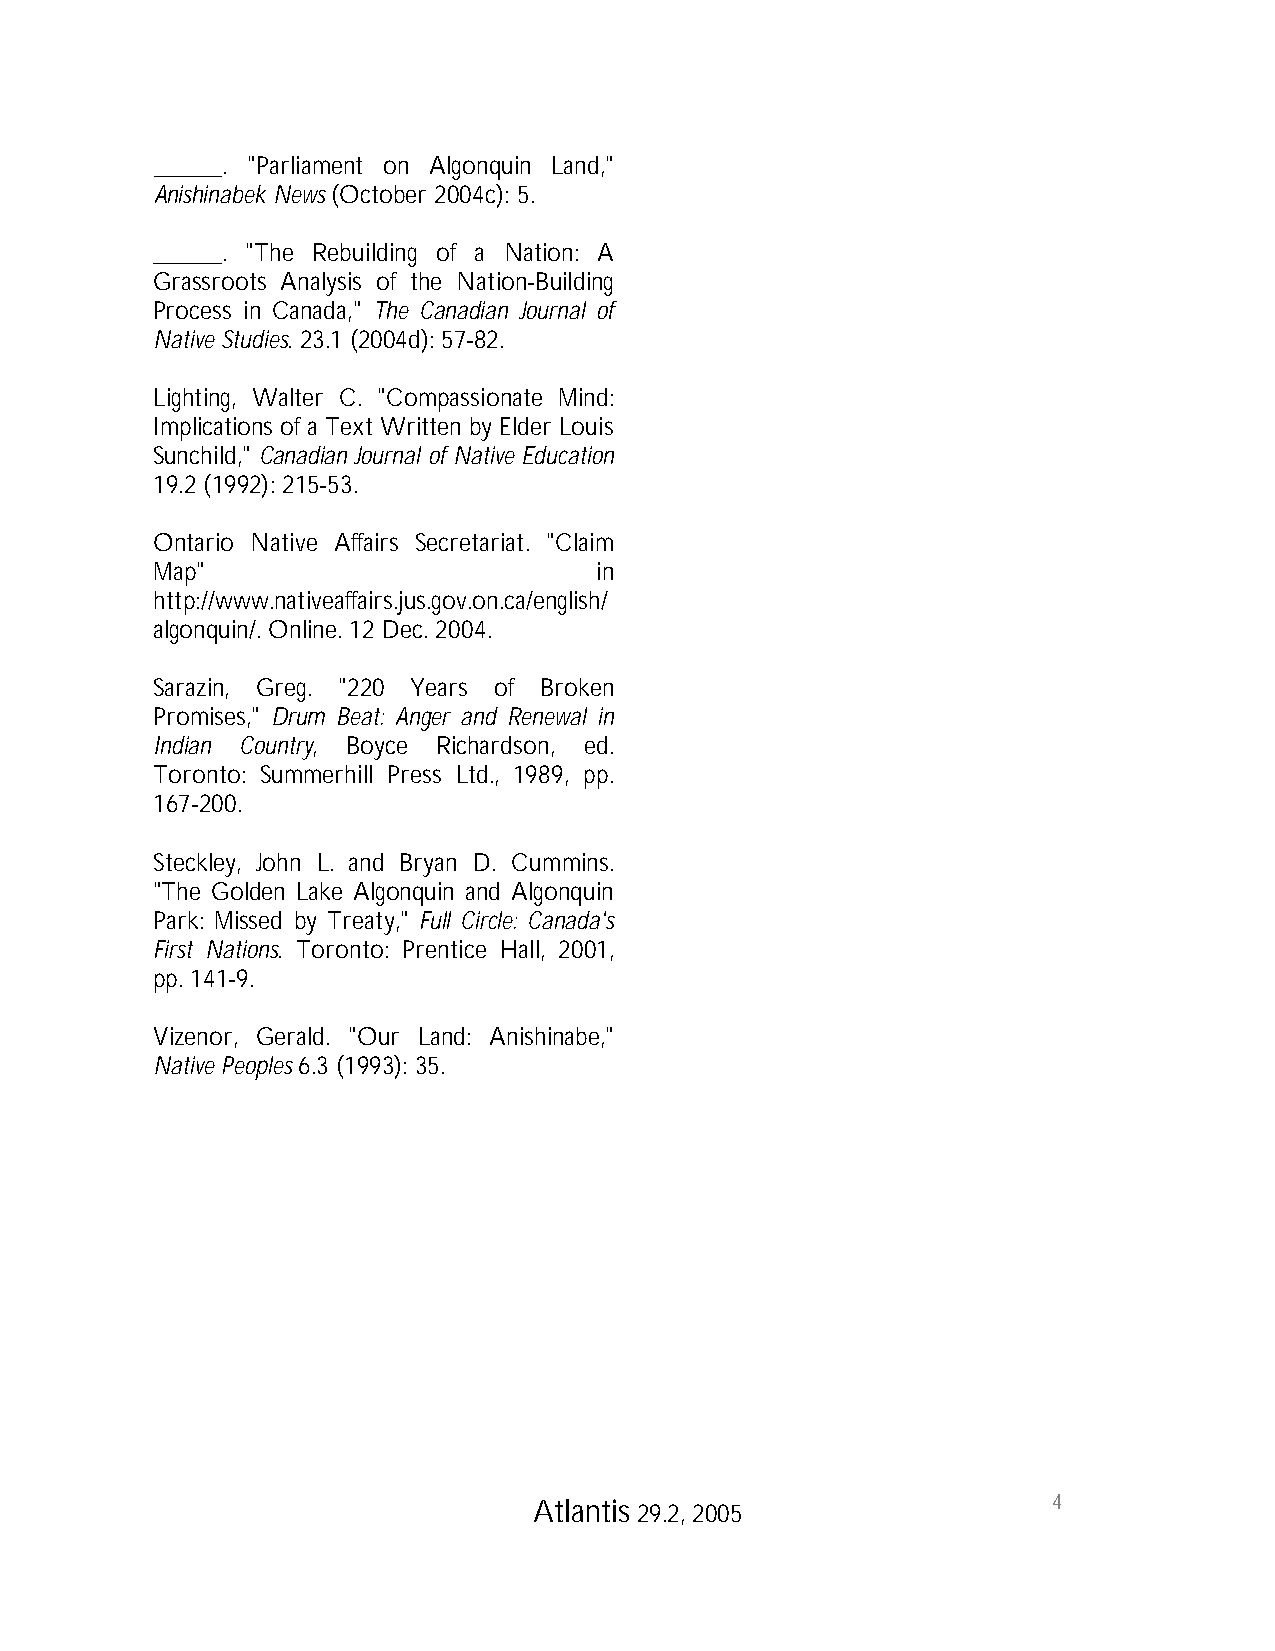
_____. "Parliament on Algonquin Land,"
 Anishinabek News (October 2004c): 5.
 _____. "The Rebuilding of a Nation: A
 Grassroots Analysis of the Nation-Building
 Process in Canada," The Canadian Journal of
 Native Studies. 23.1 (2004d): 57-82.
 Lighting, Walter C. "Compassionate Mind:
 Implications of a Text Written by Elder Louis
 Sunchild," Canadian Journal of Native Education
 19.2 (1992): 215-53.
 Ontario Native Affairs Secretariat. "Claim
 Map"                         in
 http://www.nativeaffairs.jus.gov.on.ca/english/
 algonquin/. Online. 12 Dec. 2004.
 Sarazin, Greg. "220 Years of Broken
 Promises," Drum Beat: Anger and Renewal in
 Indian Country, Boyce Richardson, ed.
 Toronto: Summerhill Press Ltd., 1989, pp.
 167-200.
 Steckley, John L. and Bryan D. Cummins.
 "The Golden Lake Algonquin and Algonquin
 Park: Missed by Treaty," Full Circle: Canada's
 First Nations. Toronto: Prentice Hall, 2001,
 pp. 141-9.
 Vizenor, Gerald. "Our Land: Anishinabe,"
 Native Peoples 6.3 (1993): 35.
 4
 Atlantis 29.2, 2005